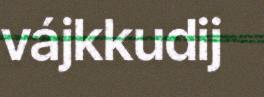
vájkkudij